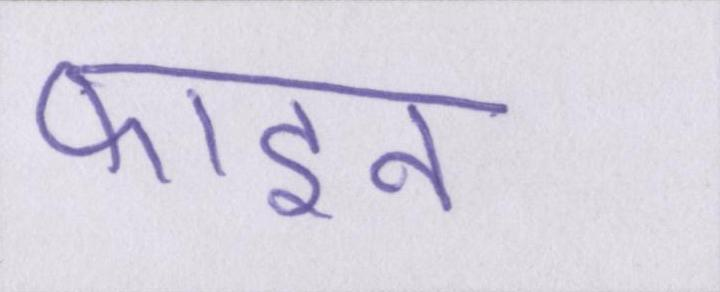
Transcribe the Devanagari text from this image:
फाइन